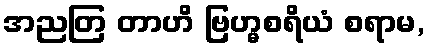
အညတြ တာဟိ ဗြဟ္မစရိယံ စရာမ,